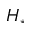
H _ { \ast }